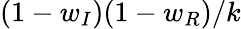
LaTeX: (1-w_{I})(1-w_{R})/k